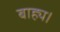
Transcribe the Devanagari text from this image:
बाह्य।